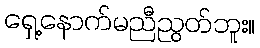
ရှေ့နောက်မညီညွတ်ဘူး။